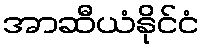
အာဆီယံနိုင်ငံ